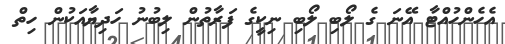
އެހެންހުއްޓާ އޭނަ ގެ ލޯބި ލޯބި ނިކީގެ ފަރާތުން ލިބުނު ހަދިޔާއަކުން ހިތް